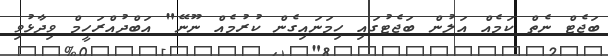
ބަޖެޓް ނެތް ކަމެއް އަލުން ބަޖެޓުގައި ހިމަނައިގެން ކުރުމެއް ނޫނޭ" އަބްދުއްރަހީމް ވިދާޅުވި